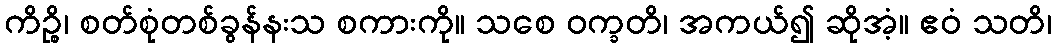
ကိဉ္စိ၊ စတ်စုံတစ်ခွန်နးသ စကားကို။ သစေ ဝက္ခတိ၊ အကယ်၍ ဆိုအံ့။ ဧဝံ သတိ၊